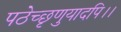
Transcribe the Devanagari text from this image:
पठेच्छृणुयादपि।।